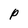
Character: P